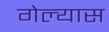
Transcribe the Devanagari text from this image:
गेल्‍यास